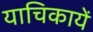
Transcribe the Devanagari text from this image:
याचिकायें